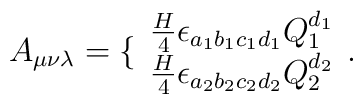
A_{\mu\nu\lambda}=\{ \begin{array}{l}\frac{H}{4}\epsilon_{a_1b_1c_1d_1}Q_1^{d_1}\\\frac{H}{4}\epsilon_{a_2b_2c_2d_2}Q_2^{d_2} \end{array} .